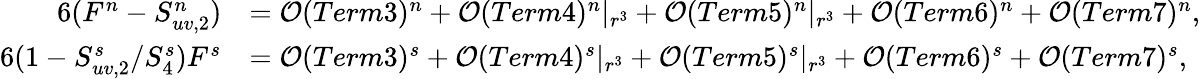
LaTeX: \begin{array}{rl}{{6(F^{n}-S_{uv,2}^{n})}}&{={\cal O}(Term3)^{n}+{\cal O}(Term4)^{n}|_{r^{3}}+{\cal O}(Term5)^{n}|_{r^{3}}+{\cal O}(Term6)^{n}+{\cal O}(Term7)^{n},}\\ {{6(1-S_{uv,2}^{s}/S_{4}^{s})F^{s}}}&{={\cal O}(Term3)^{s}+{\cal O}(Term4)^{s}|_{r^{3}}+{\cal O}(Term5)^{s}|_{r^{3}}+{\cal O}(Term6)^{s}+{\cal O}(Term7)^{s},}\end{array}